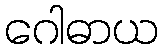
ဂေါဓာယ